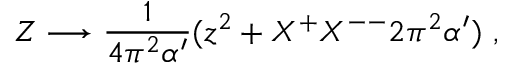
Z \longrightarrow \frac { 1 } { 4 \pi ^ { 2 } \alpha ^ { \prime } } ( z ^ { 2 } + X ^ { + } X ^ { -- } 2 \pi ^ { 2 } \alpha ^ { \prime } ) \ ,